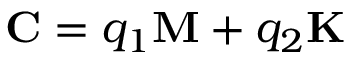
{ \mathbf { C } } = { q _ { 1 } } { \mathbf { M } } + { q _ { 2 } } { \mathbf { K } }